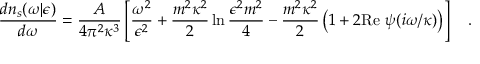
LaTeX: { \frac { d n _ { s } ( \omega | \epsilon ) } { d \omega } } = { \frac { \cal A } { 4 \pi ^ { 2 } \kappa ^ { 3 } } } \left[ { \frac { \omega ^ { 2 } } { \epsilon ^ { 2 } } } + { \frac { m ^ { 2 } \kappa ^ { 2 } } { 2 } } \ln { \frac { \epsilon ^ { 2 } m ^ { 2 } } { 4 } } - { \frac { m ^ { 2 } \kappa ^ { 2 } } { 2 } } \left( 1 + 2 \mathrm { R e } ~ \psi ( i \omega / \kappa ) \right) \right] ~ ~ ~ .